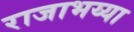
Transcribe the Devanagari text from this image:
राजाभय्या